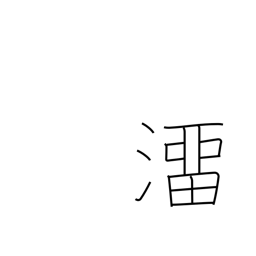
Meaning: slip